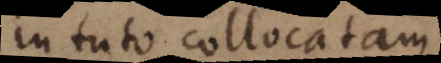
in tuto collocatam,